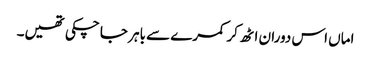
اماں اس دوران اٹھ کر کمرے سے باہر جا چکی تھیں۔